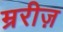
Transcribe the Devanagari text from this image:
म्ररीज़